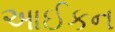
આઈકન